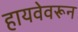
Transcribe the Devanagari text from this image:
हायवेवरून